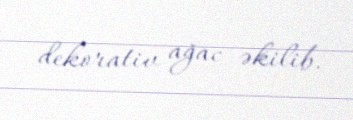
dekorativ ağac əkilib.